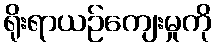
ရိုးရာယဉ်ကျေးမှုကို